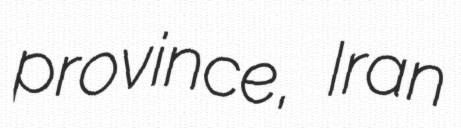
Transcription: province, Iran